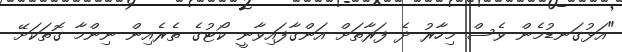
"އަޅުގަނޑުމެން ވެސް މިހާރު ދެ ފަރާތަށް އަންގާފައިވާނީ ކޯޓުގެ ތެރެއިން ނިންމާ ގޮތަކަށޭ